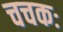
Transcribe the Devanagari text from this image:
चचकः